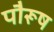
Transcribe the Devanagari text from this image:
पौरूष